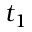
t _ { 1 }